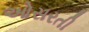
ઓસરતી